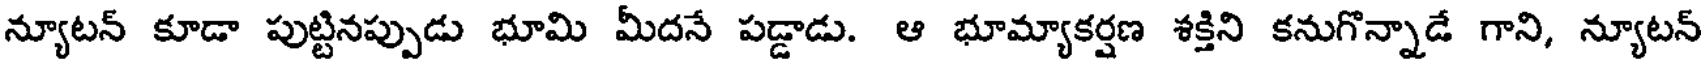
న్యూటన్ కూడా పుట్టినప్పుడు భూమి మీదనే పడ్డాడు. ఆ భూమ్యాకర్షణ శక్తిని కనుగొన్నాడే గాని, న్యూటన్